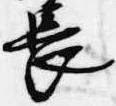
長